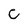
Character: c